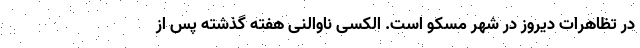
در تظاهرات دیروز در شهر مسکو است. الکسی ناوالنی هفته گذشته پس از